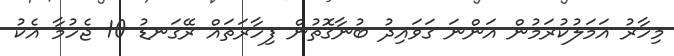
މިހާރު އަމަލުކުރަމުން އަންނަ ގަވައިދު ބުނާގޮތުން ފިހާރަތައް ރޭގަނޑު 10 ޖެހުމާ އެކު